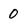
Character: 0